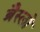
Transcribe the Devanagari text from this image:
ब्रैस्लो